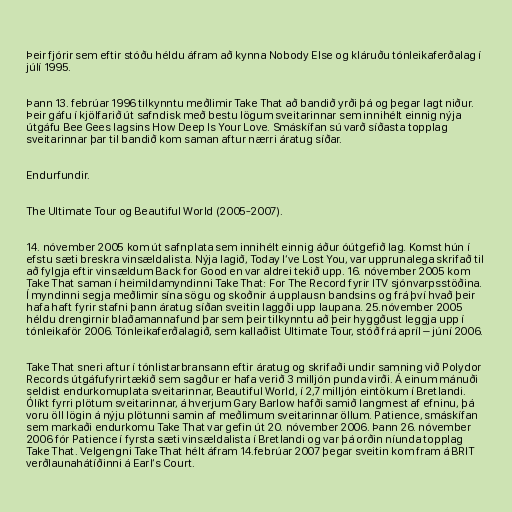
Þeir fjórir sem eftir stóðu héldu áfram að kynna Nobody Else og kláruðu tónleikaferðalag í
júlí 1995.

Þann 13. febrúar 1996 tilkynntu meðlimir Take That að bandið yrði þá og þegar lagt niður.
Þeir gáfu í kjölfarið út safndisk með bestu lögum sveitarinnar sem innihélt einnig nýja
útgáfu Bee Gees lagsins How Deep Is Your Love. Smáskífan sú varð síðasta topplag
sveitarinnar þar til bandið kom saman aftur nærri áratug síðar.

Endurfundir.

The Ultimate Tour og Beautiful World (2005-2007).

14. nóvember 2005 kom út safnplata sem innihélt einnig áður óútgefið lag. Komst hún í
efstu sæti breskra vinsældalista. Nýja lagið, Today I‘ve Lost You, var upprunalega skrifað til
að fylgja eftir vinsældum Back for Good en var aldrei tekið upp. 16. nóvember 2005 kom
Take That saman í heimildamyndinni Take That: For The Record fyrir ITV sjónvarpsstöðina.
Í myndinni segja meðlimir sína sögu og skoðnir á upplausn bandsins og frá því hvað þeir
hafa haft fyrir stafni þann áratug síðan sveitin laggði upp laupana. 25.nóvember 2005
héldu drengirnir blaðamannafund þar sem þeir tilkynntu að þeir hyggðust leggja upp í
tónleikaför 2006. Tónleikaferðalagið, sem kallaðist Ultimate Tour, stóð frá apríl – júní 2006.

Take That sneri aftur í tónlistarbransann eftir áratug og skrifaði undir samning við Polydor
Records útgáfufyrirtækið sem sagður er hafa verið 3 milljón punda virði. Á einum mánuði
seldist endurkomuplata sveitarinnar, Beautiful World, í 2,7 milljón eintökum í Bretlandi.
Ólíkt fyrri plötum sveitarinnar, á hverjum Gary Barlow hafði samið langmest af efninu, þá
voru öll lögin á nýju plötunni samin af meðlimum sveitarinnar öllum. Patience, smáskífan
sem markaði endurkomu Take That var gefin út 20. nóvember 2006. Þann 26. nóvember
2006 fór Patience í fyrsta sæti vinsældalista í Bretlandi og var þá orðin níunda topplag
Take That. Velgengni Take That hélt áfram 14.febrúar 2007 þegar sveitin kom fram á BRIT
verðlaunahátíðinni á Earl‘s Court.